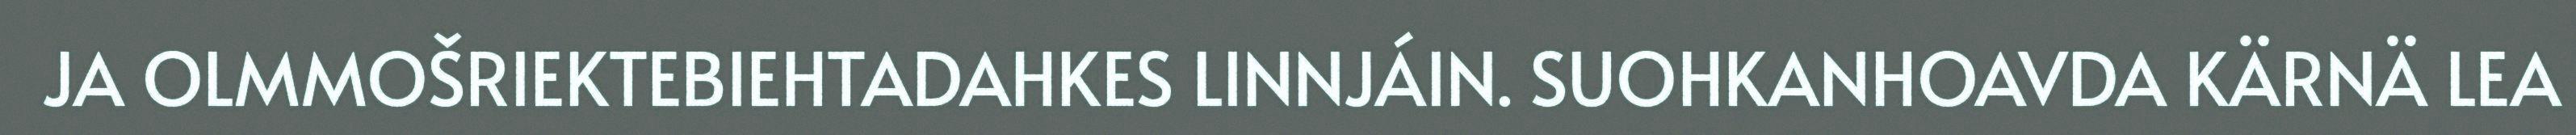
JA OLMMOŠRIEKTEBIEHTADAHKES LINNJÁIN. SUOHKANHOAVDA KÄRNÄ LEA